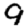
Digit: 9